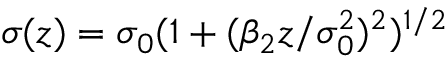
\sigma ( z ) = \sigma _ { 0 } ( 1 + ( \beta _ { 2 } z / \sigma _ { 0 } ^ { 2 } ) ^ { 2 } ) ^ { 1 / 2 }